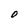
Character: O